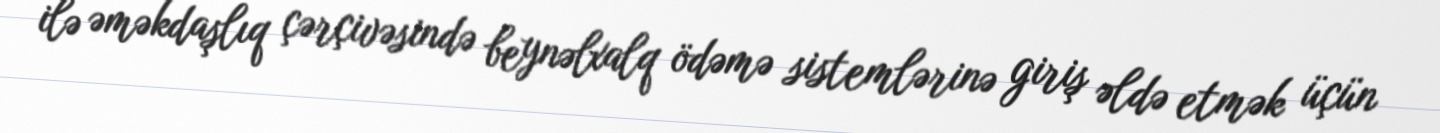
ilə əməkdaşlıq çərçivəsində beynəlxalq ödəmə sistemlərinə giriş əldə etmək üçün